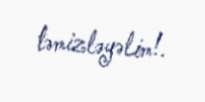
təmizləyəlim!.